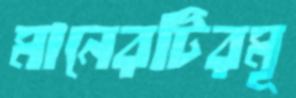
মানেরটিরমূ